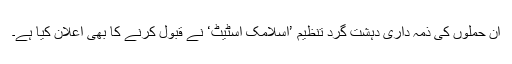
ان حملوں کی ذمہ داری دہشت گرد تنظیم ’اسلامک اسٹیٹ‘ نے قبول کرنے کا بھی اعلان کیا ہے۔